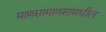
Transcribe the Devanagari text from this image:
माणसांमाणसांमधील